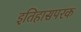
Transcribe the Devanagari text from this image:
इतिहासपरक